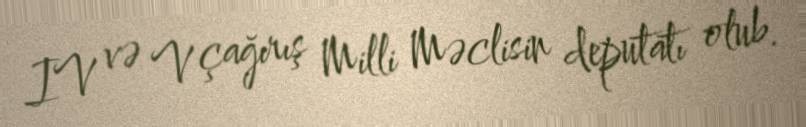
IV və V çağırış Milli Məclisin deputatı olub.